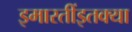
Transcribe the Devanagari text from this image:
इमारतींइतक्या